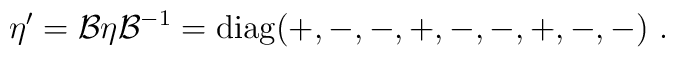
\eta^\prime = \mathcal{B}\eta\mathcal{B}^{-1}=\mathrm{diag}(+,-,-,+,-,-,+,-,-)~.